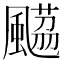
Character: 𩘡